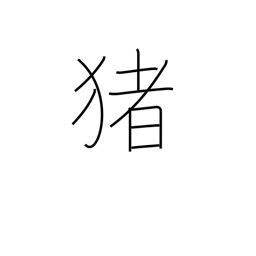
Meaning: boar